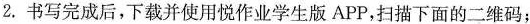
2.书写完成后，下载并使用悦作业学生版APP，扫描下面的二维码；